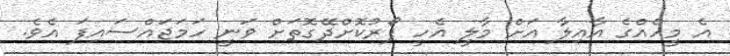
އެ މީހެއްގެ އާއިލާ އަށް މާލީ އެހީ ފޯރުކޮށްދޭގޮތަށް ވަނީ ހަމަޖައްސައިފަ އެވެ.